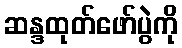
ဆန္ဒထုတ်ဖော်ပွဲကို